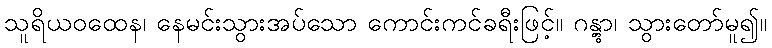
သူရိယဝထေန၊ နေမင်းသွားအပ်သော ကောင်းကင်ခရီးဖြင့်။ ဂန္တွာ၊ သွားတော်မူ၍။